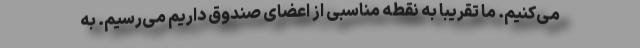
می‌کنیم. ما تقریبا به نقطه مناسبی از اعضای صندوق داریم می‌رسیم. به